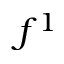
f ^ { 1 }